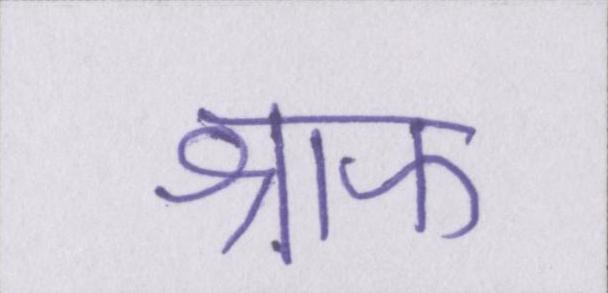
श्राफ